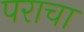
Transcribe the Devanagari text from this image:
पराचा